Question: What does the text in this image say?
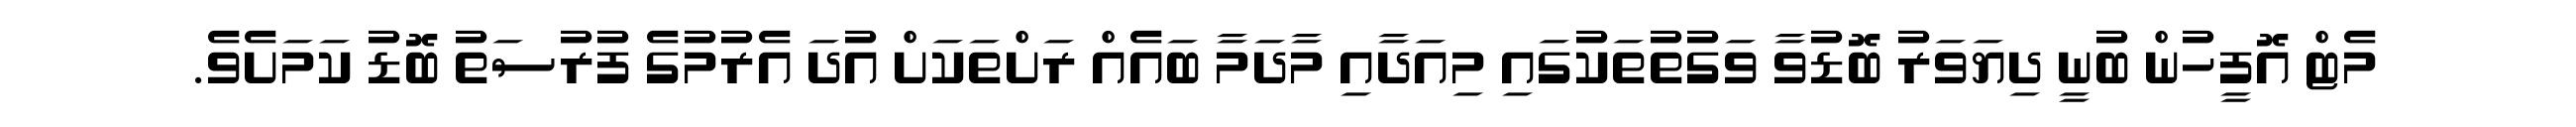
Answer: މެޓް އޮފީހުން ބުނީ ދިޔަވަރު ބޮޑުވާ ވަގުތުތަކުގައި މިއަދާއި މާދަމާ ބައެއް ރަށްތަކަށް އުދަ އެރުމުގެ ފުރުސަތު ބޮޑު ކަމަށެވެ.